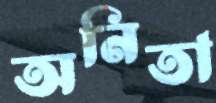
অনিতা